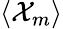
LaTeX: \langle\mathcal{X}_{m}\rangle